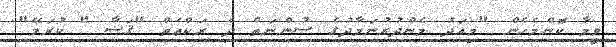
ވީމާ ކޮންމެހެން "މިއަދު މެންދުރުނަމާދުގެ ސުންނަތް ދެ ރަކްޢަތް "ޤަޟާ " ކުރަމޭ"